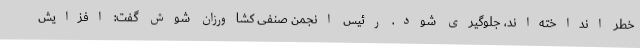
خطر انداخته‌اند، جلوگیری شود. رئیس انجمن صنفی کشاورزان شوش گفت: افزایش